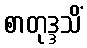
စာတုဒ္ဒသိံ